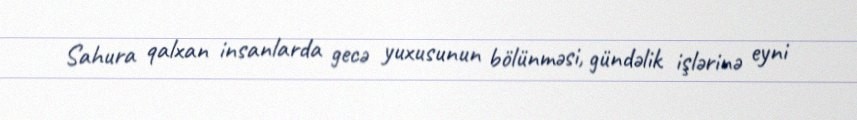
Sahura qalxan insanlarda gecə yuxusunun bölünməsi, gündəlik işlərinə eyni